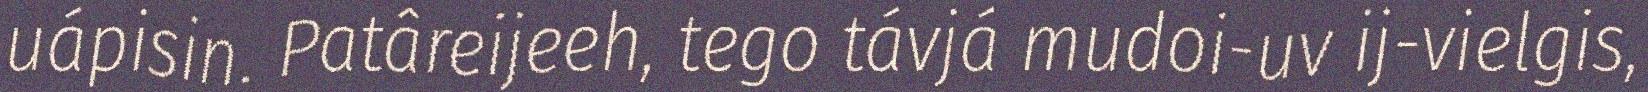
uápisin. Patâreijeeh, tego távjá mudoi-uv ij-vielgis,